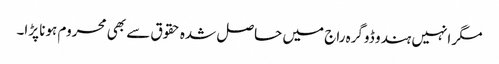
مگر انہیں ہندو ڈوگرہ راج میں حاصل شدہ حقوق سے بھی محروم ہونا پڑا۔